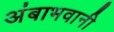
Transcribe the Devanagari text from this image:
अंबाभवानी